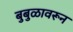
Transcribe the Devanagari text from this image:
बुबुळावरून